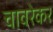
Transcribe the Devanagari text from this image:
चावरेकर